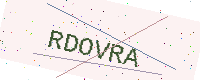
Text: RDOVRA